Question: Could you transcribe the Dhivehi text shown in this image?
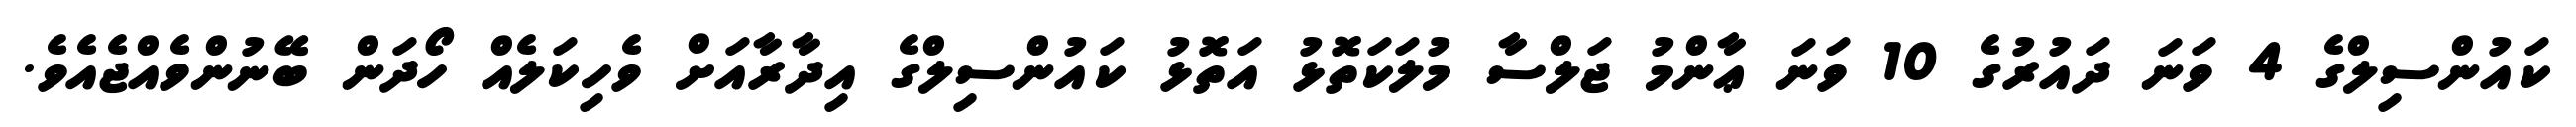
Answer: ކައުންސިލްގެ 4 ވަނަ ދައުރުގެ 10 ވަނަ ޢާންމު ޖަލްސާ މުލަކަތޮޅު އަތޮޅު ކައުންސިލްގެ އިދާރާއަށް ވެހިކަލެއް ހޯދަން ބޭނުންވެއްޖެއެވެ.